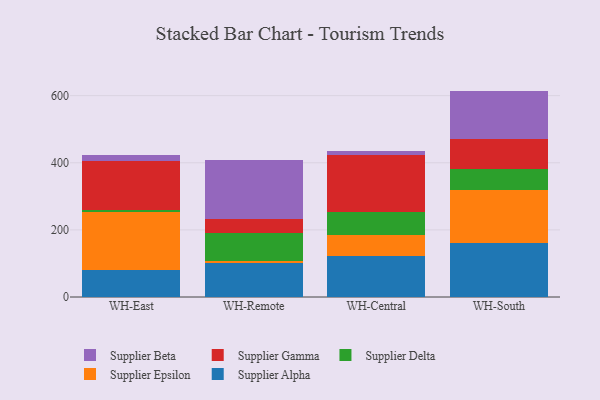
{"axis": {"x": "Warehouse", "y": "Energy Usage (MWh)"}, "legend": ["Supplier Alpha", "Supplier Beta", "Supplier Delta", "Supplier Epsilon", "Supplier Gamma"], "data": [{"x": "WH-East", "y": 80.5, "type": "Supplier Alpha"}, {"x": "WH-East", "y": 173.8, "type": "Supplier Epsilon"}, {"x": "WH-East", "y": 6.4, "type": "Supplier Delta"}, {"x": "WH-East", "y": 144.8, "type": "Supplier Gamma"}, {"x": "WH-East", "y": 18.0, "type": "Supplier Beta"}, {"x": "WH-Remote", "y": 101.3, "type": "Supplier Alpha"}, {"x": "WH-Remote", "y": 7.0, "type": "Supplier Epsilon"}, {"x": "WH-Remote", "y": 81.8, "type": "Supplier Delta"}, {"x": "WH-Remote", "y": 42.6, "type": "Supplier Gamma"}, {"x": "WH-Remote", "y": 174.8, "type": "Supplier Beta"}, {"x": "WH-Central", "y": 121.4, "type": "Supplier Alpha"}, {"x": "WH-Central", "y": 64.6, "type": "Supplier Epsilon"}, {"x": "WH-Central", "y": 66.2, "type": "Supplier Delta"}, {"x": "WH-Central", "y": 169.7, "type": "Supplier Gamma"}, {"x": "WH-Central", "y": 12.8, "type": "Supplier Beta"}, {"x": "WH-South", "y": 159.9, "type": "Supplier Alpha"}, {"x": "WH-South", "y": 157.7, "type": "Supplier Epsilon"}, {"x": "WH-South", "y": 62.5, "type": "Supplier Delta"}, {"x": "WH-South", "y": 91.4, "type": "Supplier Gamma"}, {"x": "WH-South", "y": 142.8, "type": "Supplier Beta"}]}